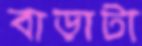
বাড়াটা